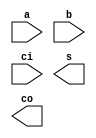
/*--  *******************************************************
--  Computer Architecture Course, Laboratory Sources 
--  Amirkabir University of Technology (Tehran Polytechnic)
--  Department of Computer Engineering (CE-AUT)
--  https://ce[dot]aut[dot]ac[dot]ir
--  *******************************************************
--  All Rights reserved (C) 2019-2020
--  *******************************************************
--  Student ID  : 
--  Student Name: 
--  Student Mail: 
--  *******************************************************
--  Additional Comments:
--
--*/

/*-----------------------------------------------------------
---  Module Name: Full Adder Gate Level
---  Description: Lab 07 Part 1
-----------------------------------------------------------*/
`timescale 1 ns/1 ns

module full_adder (
	input a ,
	input b ,
	input ci ,
	output s ,
	output co
);

	/* write your code here */
	
	/* write your code here */

endmodule